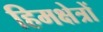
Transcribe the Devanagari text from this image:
हिमक्षेत्रों